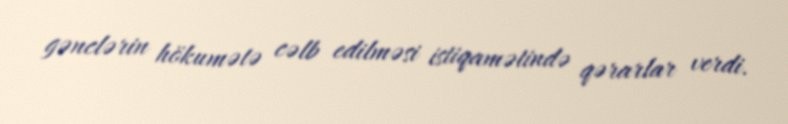
gənclərin hökumətə cəlb edilməsi istiqamətində qərarlar verdi.